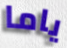
ياما